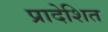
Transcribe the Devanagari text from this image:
प्रादेशित